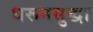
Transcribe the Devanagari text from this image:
धरूनसुद्धा